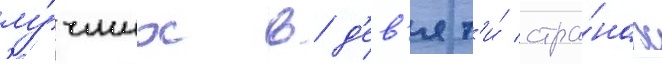
лу́чших в д'ев'ят'и́ стра́нах